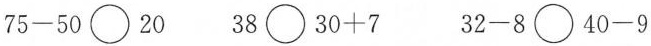
$$75-50\bigcirc 20$$ $$38\bigcirc 30+7$$ $$32-8\bigcirc 40-9$$